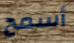
أسمح